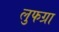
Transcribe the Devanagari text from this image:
लुफग्रा